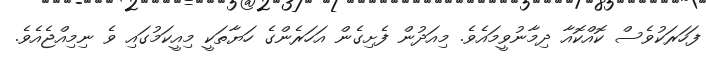
ފަހަރަކުވެސް ކޮއްކޮއާ ދިމާނުވީމައެވެ. މިއަދުން ފެށިގެން އަހަރެންގެ ހަޔާތަކީ މިއީކަމުގައި ވެ ނިމިއްޖެއެވެ.